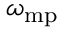
\omega _ { \mathrm { m p } }